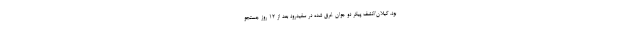
بود. گیلان/کشف پیکر دو جوان غرق شده در سفیدرود بعد از ۱۲ روز جستجو